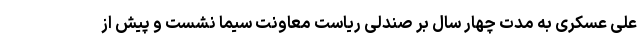
علی عسکری به مدت چهار سال بر صندلی ریاست معاونت سیما نشست و پیش از